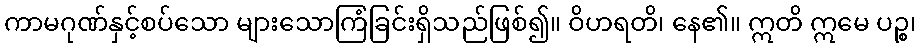
ကာမဂုဏ်နှင့်စပ်သော များသောကြံခြင်းရှိသည်ဖြစ်၍။ ဝိဟရတိ၊ နေ၏။ ဣတိ ဣမေ ပဉ္စ၊